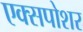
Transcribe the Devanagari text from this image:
एक्सपोशर